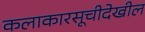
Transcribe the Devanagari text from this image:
कलाकारसूचीदेखील